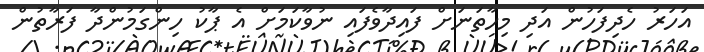
އަހަރު ހެދިފަހުން އަދި މިހާތަނަށް ފައިދާވެފައި ނުވާކަމަށް އެ ޕާކު ހިންގަމުންދާ ފަރާތުން